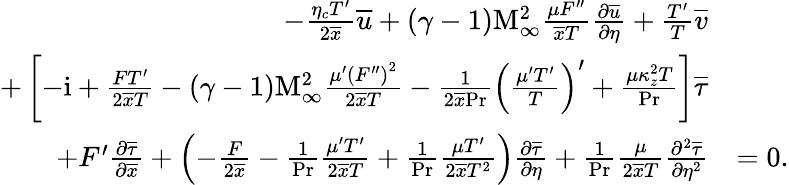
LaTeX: \begin{array}{rl}{-\frac{\eta_{c}T^{\prime}}{2\overline{{x}}}\overline{{u}}+\left(\gamma-1\right)\mathrm{M}_{\infty}^{2}\frac{\mu F^{\prime\prime}}{\overline{{x}}T}\frac{\partial\overline{{u}}}{\partial\eta}+\frac{T^{\prime}}{T}\overline{{v}}}&{}\\ {+\left[-\mathrm{i}+\frac{FT^{\prime}}{2\overline{{x}}T}-\left(\gamma-1\right)\mathrm{M}_{\infty}^{2}\frac{\mu^{\prime}\left(F^{\prime\prime}\right)^{2}}{2\overline{{x}}T}-\frac{1}{2\overline{{x}}\mathrm{Pr}}\left(\frac{\mu^{\prime}T^{\prime}}{T}\right)^{\prime}+\frac{\mu\kappa_{z}^{2}T}{\mathrm{Pr}}\right]\overline{{\tau}}}&{}\\ {+F^{\prime}\frac{\partial\overline{{\tau}}}{\partial\overline{{x}}}+\left(-\frac{F}{2\overline{{x}}}-\frac{1}{\mathrm{Pr}}\frac{\mu^{\prime}T^{\prime}}{2\overline{{x}}T}+\frac{1}{\mathrm{Pr}}\frac{\mu T^{\prime}}{2\overline{{x}}T^{2}}\right)\frac{\partial\overline{{\tau}}}{\partial\eta}+\frac{1}{\mathrm{Pr}}\frac{\mu}{2\overline{{x}}T}\frac{\partial^{2}\overline{{\tau}}}{\partial\eta^{2}}}&{=0.}\end{array}